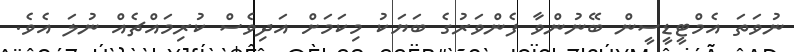
ނުވަތަ އެމްޓީޑީސީން ބޭނުންވާ ފެންވަރުގެ ބަޔަކު މިކަމަށް އަދިވެސް ކުރިމައްޗެއް ނުލަ އެވެ.